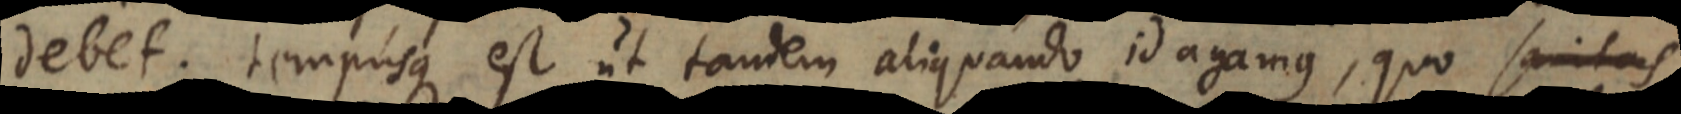
debet: tempusque est ut tandem aliquando id agamus, quo sanitas